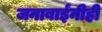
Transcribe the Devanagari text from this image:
जनाबाईंनीही